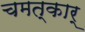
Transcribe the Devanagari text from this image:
चमत्कार्